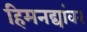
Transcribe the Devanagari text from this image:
हिमनद्यांवर